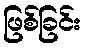
ဖြစ်ခြင်း